Scientific memoirs by medical officers of the Army of India - Part VI,
Year: 1891
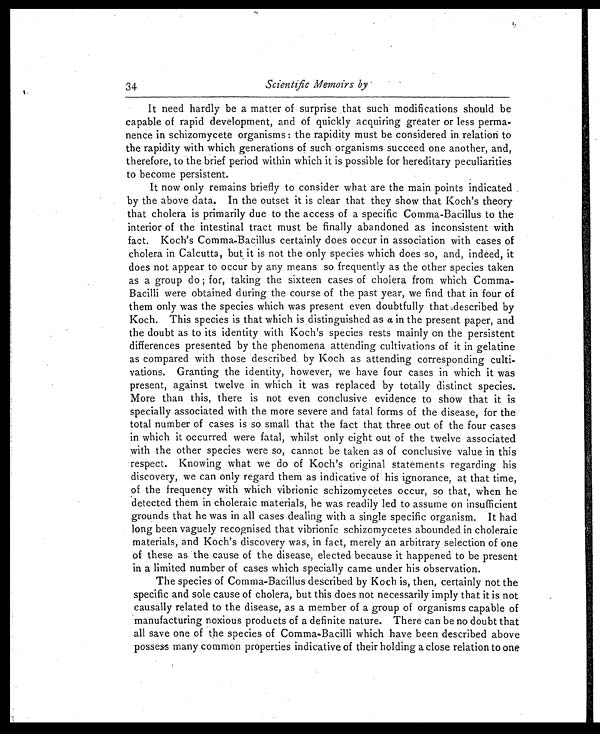
Scientific Memoirs by
It need hardly be a matter of surprise that such modifications should be
capable of rapid development, and of quickly acquiring greater or less perma-
nence in schizomycete organisms: the rapidity must be considered in relation to
the rapidity with which generations of such organisms succeed one another, and,
therefore, to the brief period within which it is possible for hereditary peculiarities
to become persistent.
It now only remains briefly to consider what are the main points indicated
by the above data. In the outset it is clear that they show that Koch's theory
that cholera is primarily due to the access of a specific Comma-Bacillus to the
interior of the intestinal tract must be finally abandoned as inconsistent with
fact. Koch's Comma-Bacillus certainly does occur in association with cases of
cholera in Calcutta, but it is not the only species which does so, and, indeed, it
does not appear to occur by any means so frequently as the other species taken
as a group do; for, taking the sixteen cases of cholera from which Comma-
Bacilli were obtained during the course of the past year, we find that in four of
them only was the species which was present even doubtfully that described by
Koch. This species is that which is distinguished as a in the present paper, and
the doubt as to its identity with Koch's species rests mainly on the persistent
differences presented by the phenomena attending cultivations of it in gelatine
as compared with those described by Koch as attending corresponding culti-
vations. Granting the identity, however, we have four cases in which it was
present, against twelve in which it was replaced by totally distinct species.
More than this, there is not even conclusive evidence to show that it is
specially associated with the more severe and fatal forms of the disease, for the
total number of cases is so small that the fact that three out of the four cases
in which it occurred were fatal, whilst only eight out of the twelve associated
with the other species were so, cannot be taken as of conclusive value in this
respect. Knowing what we do of Koch's original statements regarding his
discovery, we can only regard them as indicative of his ignorance, at that time,
of the frequency with which vibrionic schizomycetes occur, so that, when he
detected them in choleraic materials, he was readily led to assume on insufficient
grounds that he was in all cases dealing with a single specific organism. It had
long been vaguely recognised that vibrionic schizomycetes abounded in choleraic
materials, and Koch's discovery was, in fact, merely an arbitrary selection of one
of these as the cause of the disease, elected because it happened to be present
in a limited number of cases which specially came under his observation.
The species of Comma-Bacillus described by Koch is, then, certainly not the
specific and sole cause of cholera, but this does not necessarily imply that it is not
causally related to the disease, as a member of a group of organisms capable of
manufacturing noxious products of a definite nature. There can be no doubt that
all save one of the species of Comma-Bacilli which have been described above
possess many common properties indicative of their holding a close relation to one
34